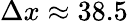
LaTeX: \Delta x\approx 38.5